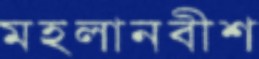
মহলানবীশ